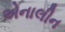
એનાલીન